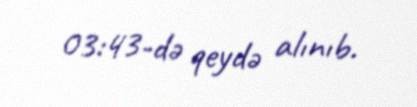
03:43-də qeydə alınıb.